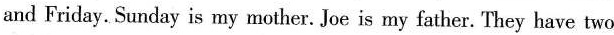
and Friday. Sunday is my mother. Joe is my father. They have two